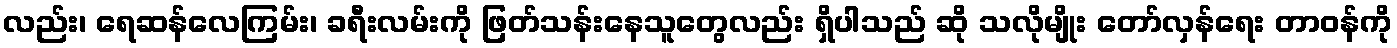
လည်း၊ ရေဆန်လေကြမ်း၊ ခရီးလမ်းကို ဖြတ်သန်းနေသူတွေလည်း ရှိပါသည် ဆို သလိုမျိုး တော်လှန်ရေး တာဝန်ကို